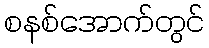
စနစ်အောက်တွင်